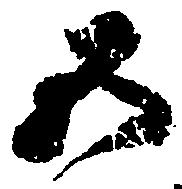
五